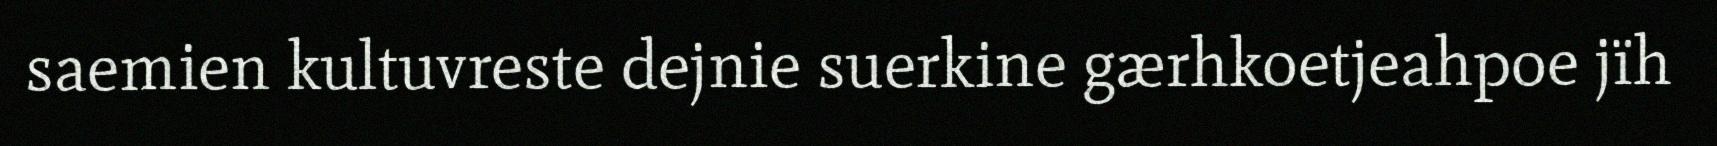
saemien kultuvreste dejnie suerkine gærhkoetjeahpoe jïh